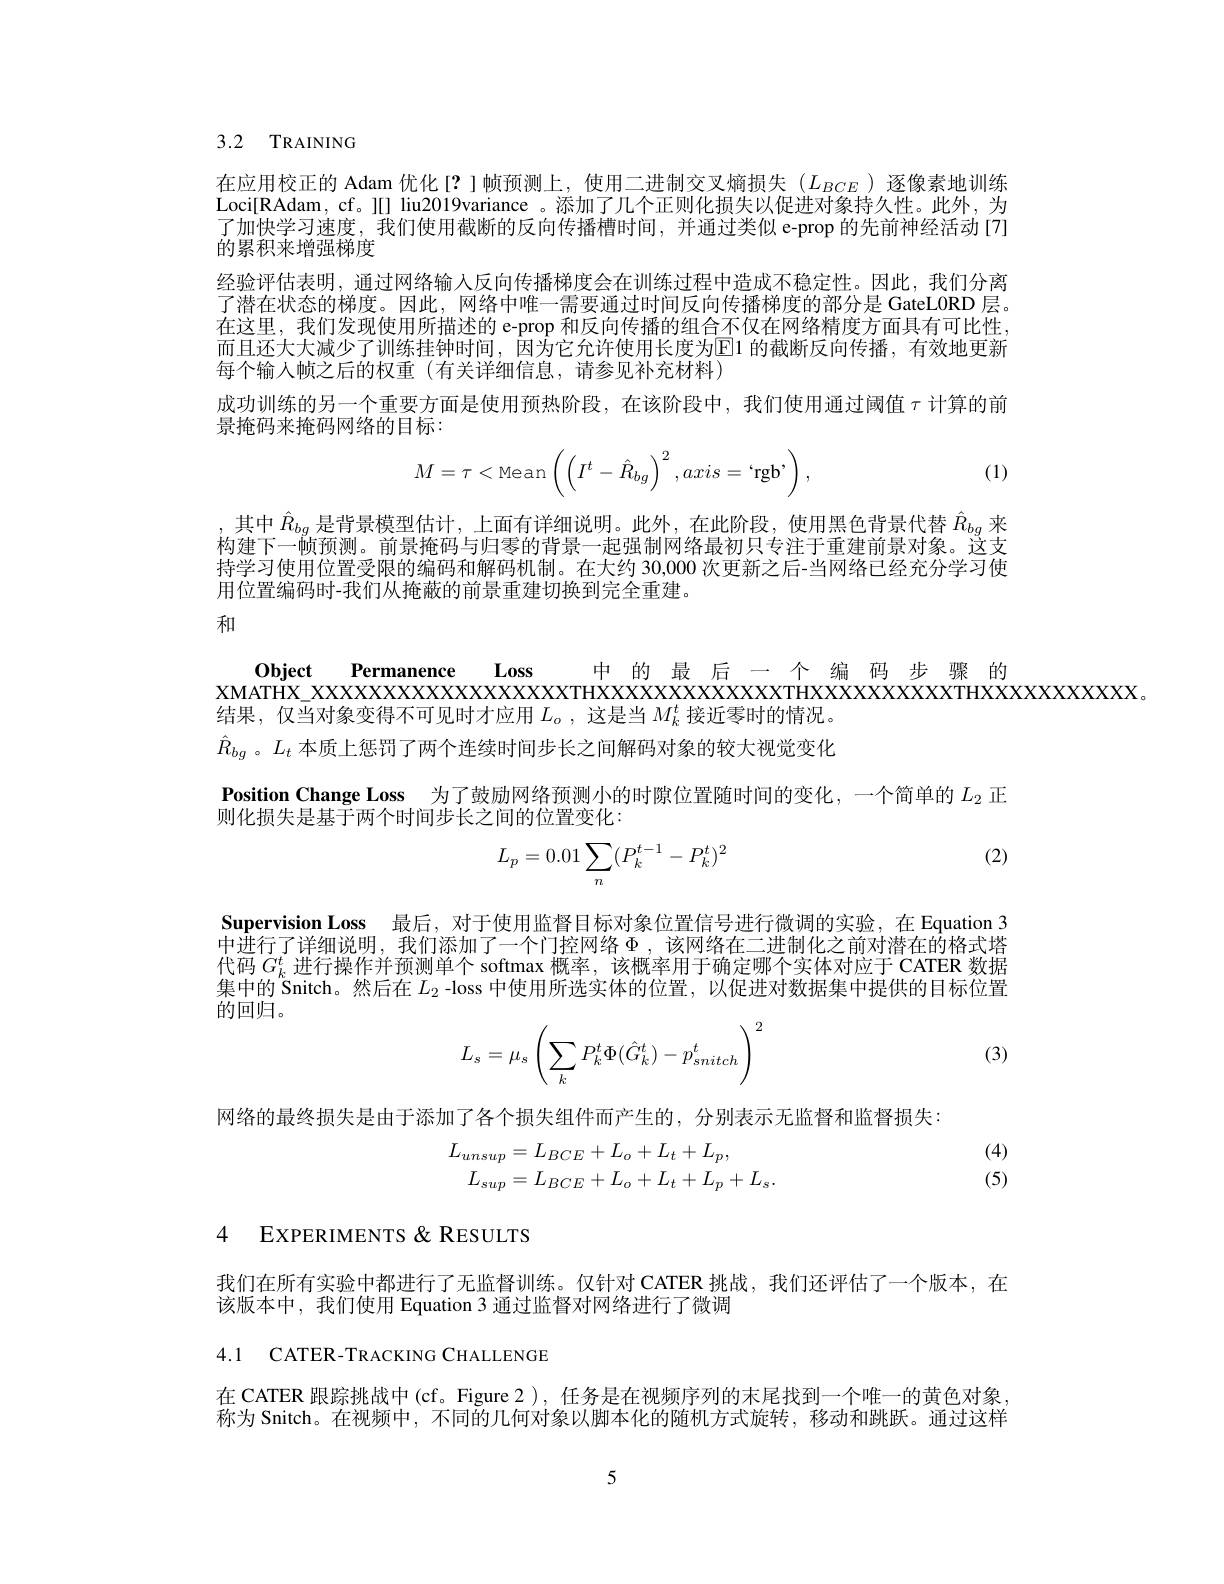
## 3.2 TRAINING

在应用校正的 Adam 优化[?]帧预测上，使用二进制交叉熵损失($L_{BCE}$)逐像素地训练Loci[RAdam, cf。][] liu2019variance 。添加了几个正则化损失以促进对象持久性。此外，为了加快学习速度，我们使用截断的反向传播槽时间，并通过类似 e-prop 的先前神经活动 [7] 的累积来增强梯度
经验评估表明，通过网络输人反向传播梯度会在训练过程中造成不稳定性。因此，我们分离了潜在状态的梯度。因此，网络中唯一需要通过时间反向传播梯度的部分是 GateL0RD 层。在这里，我们发现使用所描述的 e-prop 和反向传播的组合不仅在网络精度方面具有可比性， 而且还大大减少了训练挂钟时间，因为它允许使用长度为E1 的截断反向传播，有效地更新每个输入帧之后的权重(有关详细信息，请参见补充材料)
成功训练的另一个重要方面是使用预热阶段，在该阶段中，我们使用通过阈值$\tau$计算的前
景掩码来掩码网络的目标：
$$M=\tau<\text{Mean}\left(\left(I^t-\hat{R}_{bg}\right)^2,axis=`\text{rgb'}\right),$$
(1)

其中$\hat{R}_{bg}$是背景模型估计，上面有详细说明。此外，在此阶段，使用黑色背景代替$\hat{R}_{bg}$来构建下一帧预测。前景掩码与归零的背景一起强制网络最初只专注于重建前景对象。这支持学习使用位置受限的编码和解码机制。在大约 30,000 次更新之后-当网络已经充分学习使用位置编码时-我们从掩蔽的前景重建切换到完全重建。

和

Object Permanence Loss 中 的最 后 一个 编 码 步 骤 的
$\bar{\text{结果，仅当对象变得不可见时才应用 }L_o}$,这是当$M_k^t$接近零时的情况。$\hat{R}_{bg}$ 。$L_t$本质上惩罚了两个连续时间步长之间解码对象的较大视觉变化Position Change Loss 为了鼓励网络预测小的时隙位置随时间的变化，一个简单的$L_{2}$正
则化损失是基于两个时间步长之间的位置变化：

(2)
$$L_p=0.01\sum_n(P_k^{t-1}-P_k^t)^2$$
Supervision Loss 最后，对于使用监督目标对象位置信号进行微调的实验，在 Equation 3中进行了详细说明，我们添加了一个门控网络$\Phi$ ,该网络在二进制化之前对潜在的格式塔代码$G_k^t$进行操作并预测单个 softmax 概率，该概率用于确定哪个实体对应于 CATER 数据集中的 Snitch。然后在$L_2$ -loss 中使用所选实体的位置，以促进对数据集中提供的目标位置的回归。

(3)
$$L_s=\mu_s\left(\sum_kP_k^t\Phi(\hat{G}_k^t)-p_{snitch}^t\right)^2$$
网络的最终损失是由于添加了各个损失组件而产生的，分别表示无监督和监督损失：

(4) (5)
$$\begin{aligned}L_{unsup}&=L_{BCE}+L_{o}+L_{t}+L_{p},\\L_{sup}&=L_{BCE}+L_{o}+L_{t}+L_{p}+L_{s}.\end{aligned}$$
## 4 EXPERIMENTS & RESULTS

我们在所有实验中都进行了无监督训练。仅针对 CATER 挑战，我们还评估了一个版本，在
该版本中，我们使用 Equation 3 通过监督对网络进行了微调

4.1 CATER-TRACKING CHALLENGE

在 CATER 跟踪挑战中 (cf。Figure 2 ), 任务是在视频序列的末尾找到一个唯一的黄色对象， 称为 Snitch。在视频中，不同的几何对象以脚本化的随机方式旋转，移动和跳跃。通过这样

5